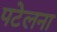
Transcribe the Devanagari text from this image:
पटेलना